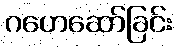
ဂဟေဆော်ခြင်း